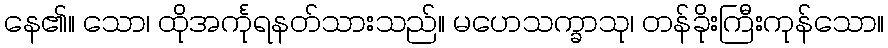
နေ၏။ သော၊ ထိုအင်္ကုရနတ်သားသည်။ မဟေသက္ခာသု၊ တန်ခိုးကြီးကုန်သော။